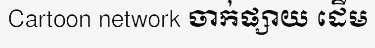
Cartoon network ចាក់ផ្សាយ ដើម